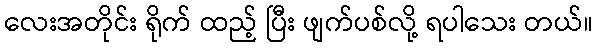
လေးအတိုင်း ရိုက် ထည့် ပြီး ဖျက်ပစ်လို့ ရပါသေး တယ်။